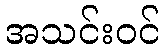
အသင်းဝင်